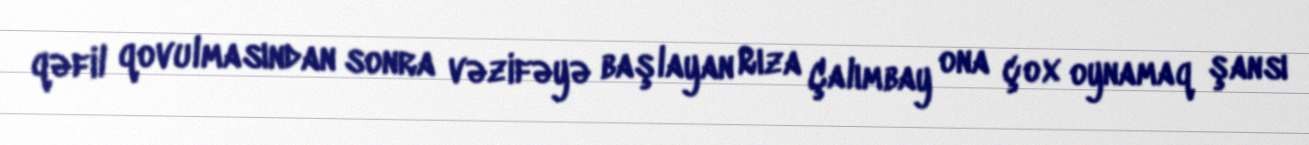
qəfil qovulmasından sonra vəzifəyə başlayan Rıza Çalımbay ona çox oynamaq şansı